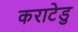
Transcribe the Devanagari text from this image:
कराटेडु